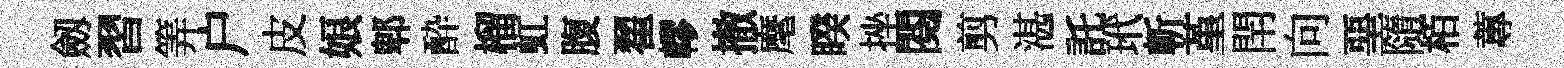
劔習筭户皮娘郫酔榴虹腹翟轇撤麾睽挫閲剪湛託玳斬堇閈向堊隨栢蓴